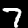
Digit: 7